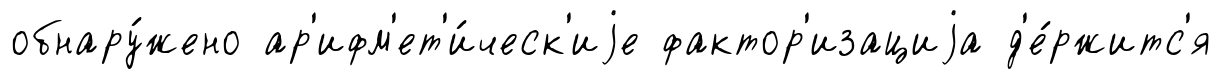
обнару́жено ар'ифм'ет'и́ческ'иjе фактор'изациjа д'е́ржитс'я